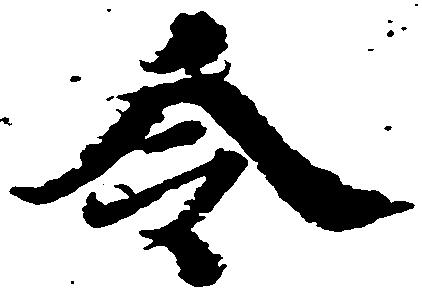
令